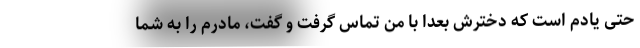
حتی یادم است که دخترش بعدا با من تماس گرفت و گفت، مادرم را به شما